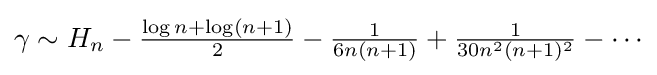
{\textstyle \gamma \sim H_{n}-{\frac {\log n+\log(n+1)}{2}}-{\frac {1}{6n(n+1)}}+{\frac {1}{30n^{2}(n+1)^{2}}}-\cdots }